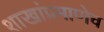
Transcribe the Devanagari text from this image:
शाखांप्रमाणेच